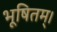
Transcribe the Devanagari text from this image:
भूषितम्।